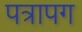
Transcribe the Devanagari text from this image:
पत्रापग